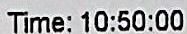
TIME : 10:50:00